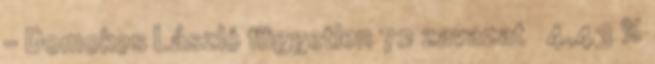
– Domokos László független 72 zavazat 4,43 %